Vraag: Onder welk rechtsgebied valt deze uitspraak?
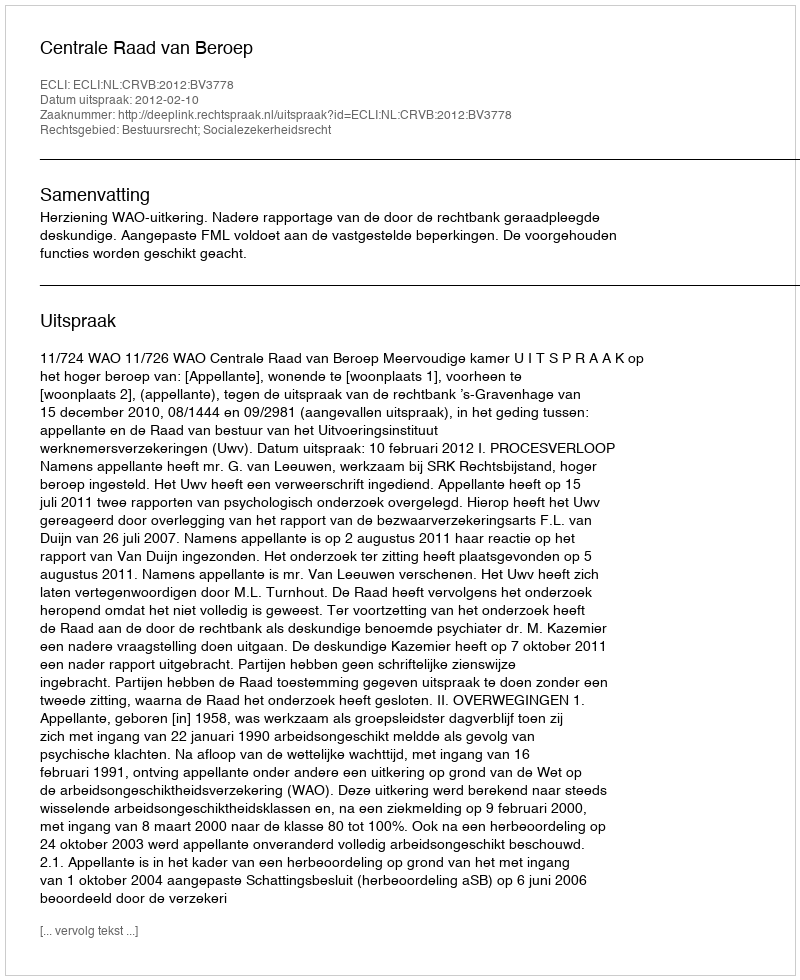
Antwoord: Bestuursrecht; Socialezekerheidsrecht